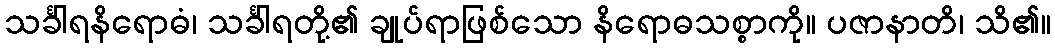
သင်္ခါရနိရောဓံ၊ သင်္ခါရတို့၏ ချုပ်ရာဖြစ်သော နိရောဓသစ္စာကို။ ပဇာနာတိ၊ သိ၏။